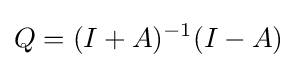
Q=(I+A)^{-1}(I-A)